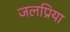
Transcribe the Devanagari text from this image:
जलप्रिया